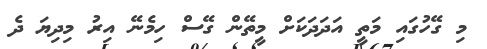
މި ގޭހުގައި މަތީ އަދަދަކަށް މީތޭން ގޭސް ހިމެނޭ އިރު މިދިޔަ ދެ